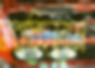
সরাচ্ছিলাম